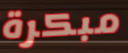
مبكرة